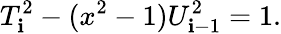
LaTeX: T_{\mathbf{i}}^{2}-(x^{2}-1)U_{\mathbf{i}-1}^{2}=1.